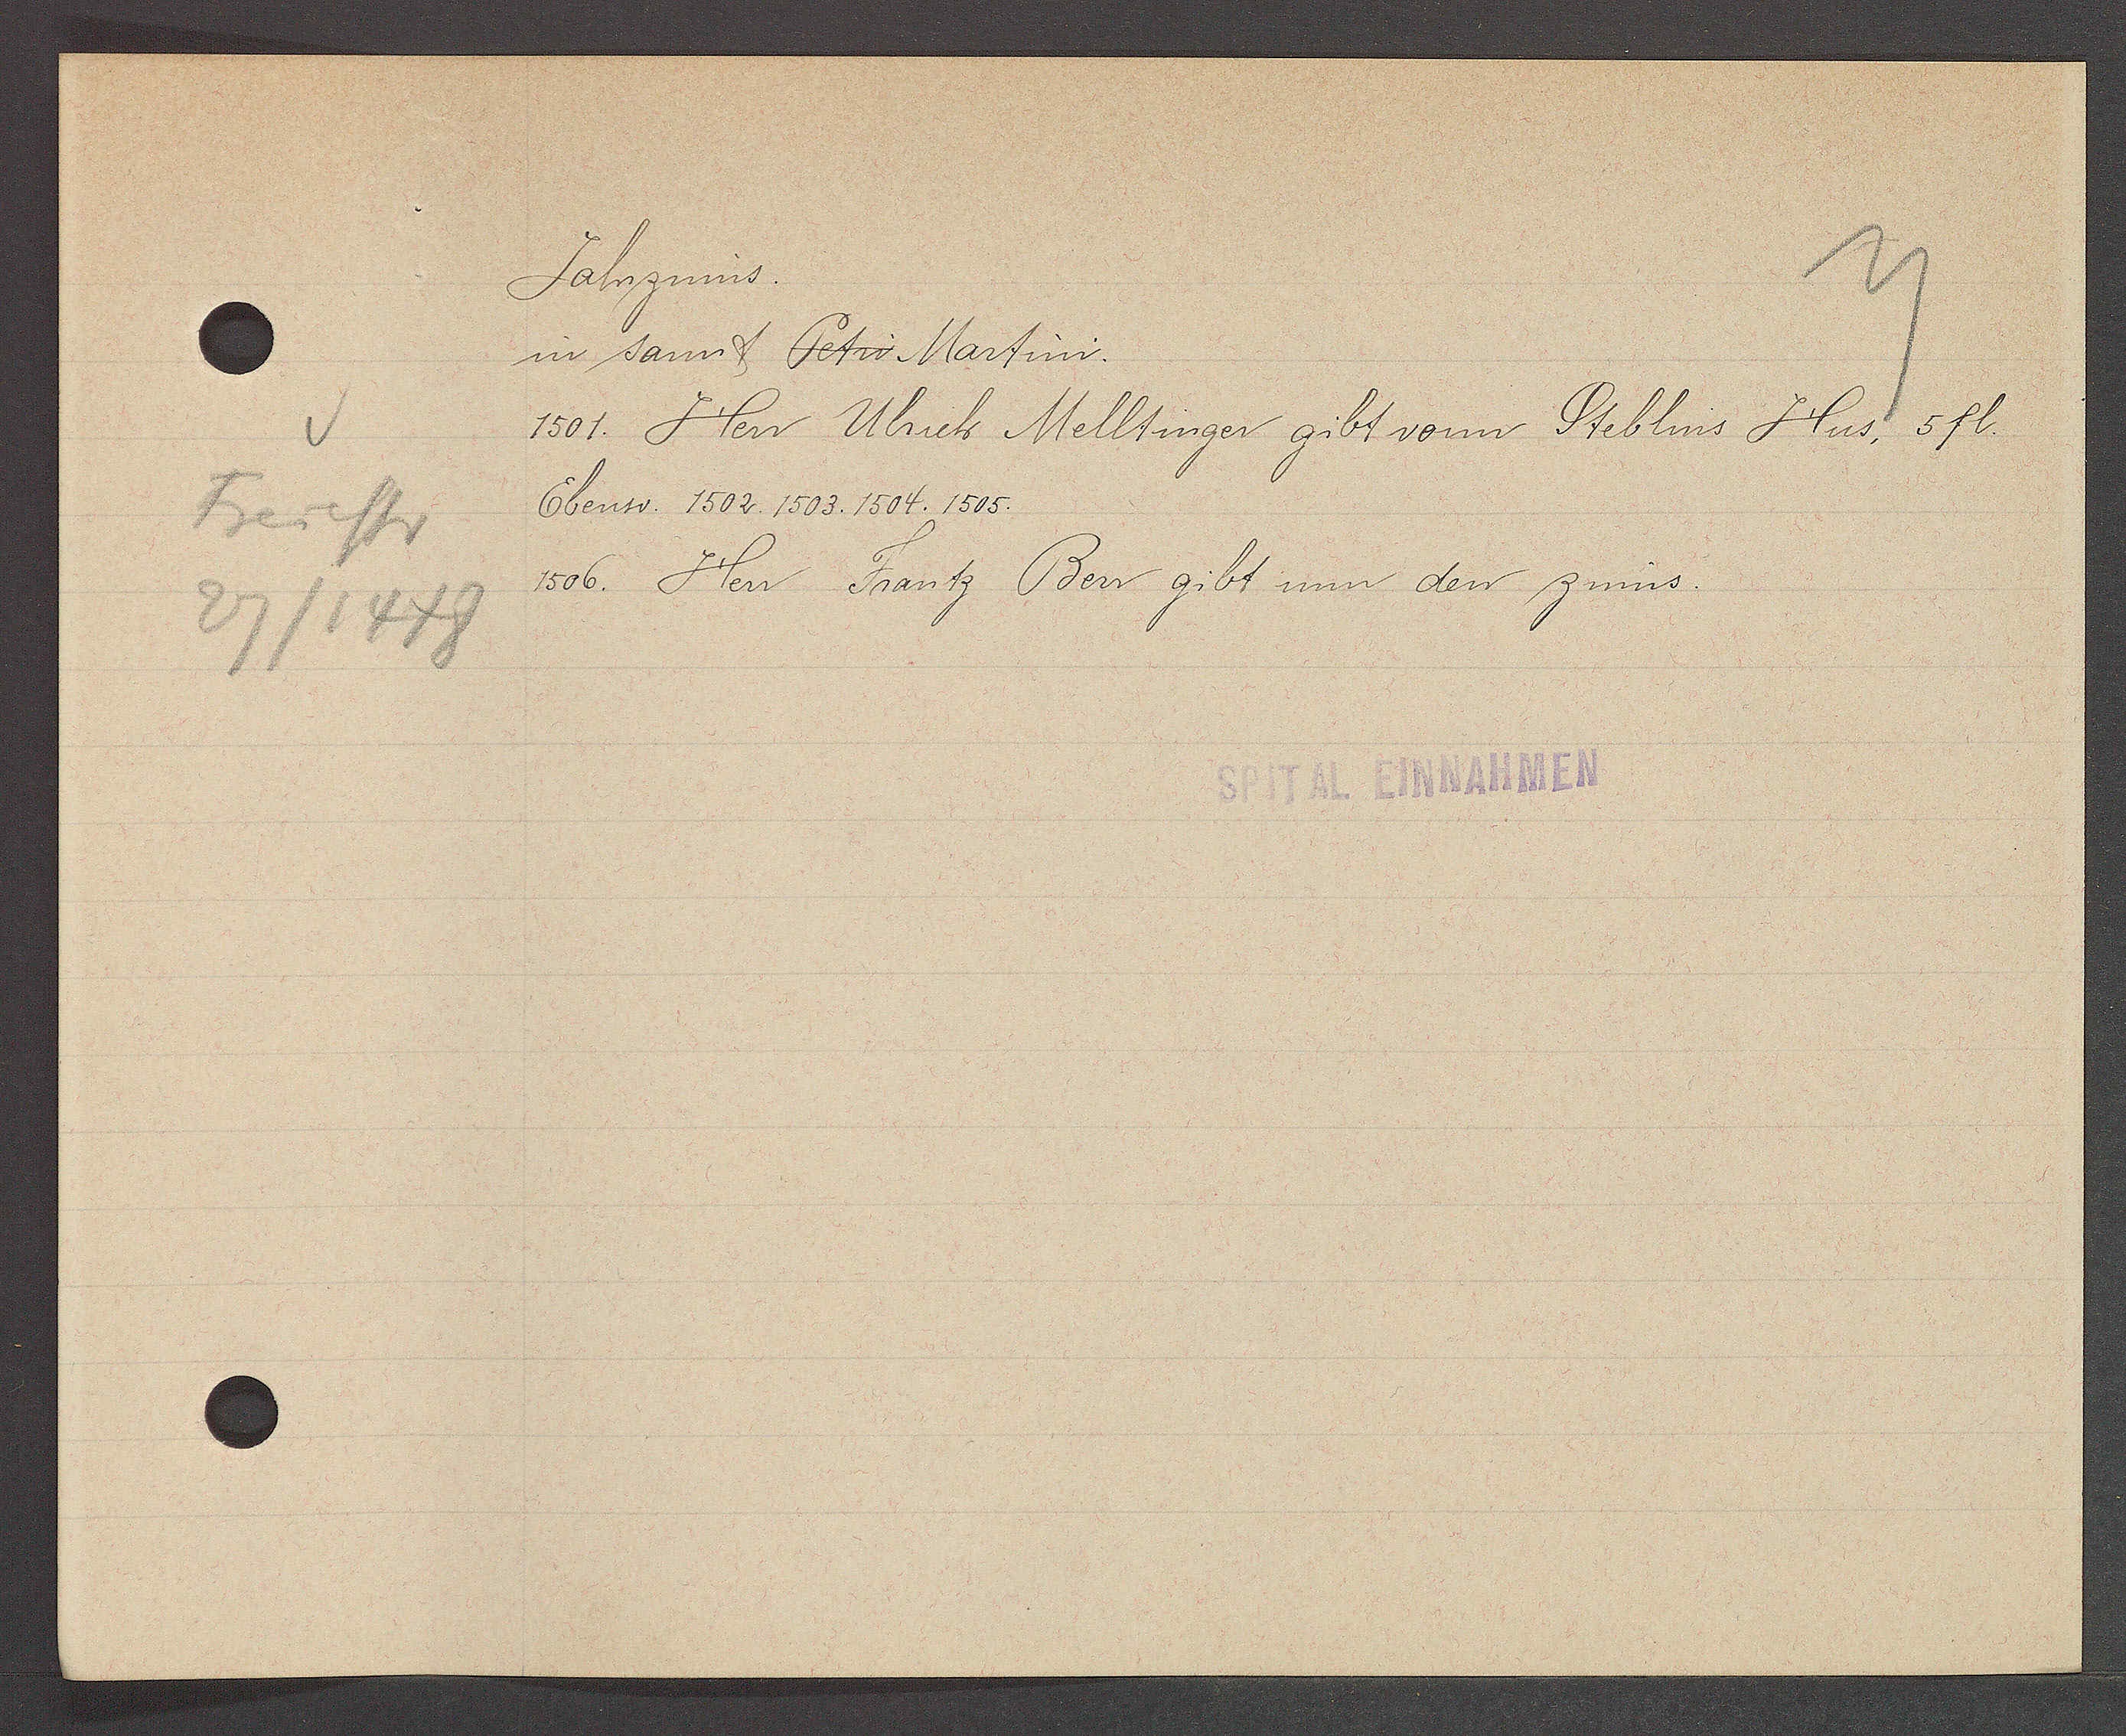
Transcript:
Freiestr
27/1448

Jahrzinns.

in sant Petri Martini.
1501. Herr Ulrich Melltinger gibt vonn Steblins Hus, 5 fl.
Ebenso. 1502. 1503. 1504. 1505.
1506. Herr Frantz Berr gibt nun den zinns.

SPITAL EINNAHMEN